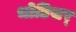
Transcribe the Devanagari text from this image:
भोडिसर्